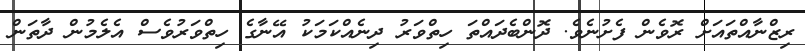
ރިޒްނާއްތައަށް ރޮވެން ފެށުނެވެ. ދޮންބެދައްތަ ހިތްވަރު ދިނެއްކަމަކު އޭނާގެ ހިތްވަރުވެސް އެލެމުން ދާތަން